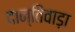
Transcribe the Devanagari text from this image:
दान्तिवाड़ा